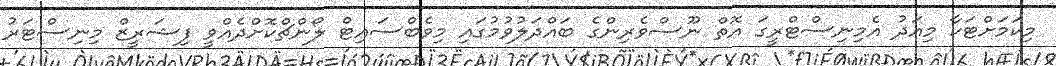
މިކަމަށްޓަކާ މިއަދު އެމިނިސްޓްރީގަ އޮތް ނޫސްވެރިންގެ ބައްދަލުވުމުގައި މިވެބްސައިޓް ލޯންޗްކޮށްދެއްވީ ފިޝަރީޒް މިނިސްޓަރު